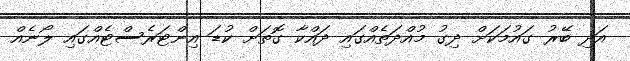
އަދި ބޭރު ގައުމަކަށް ދިގު މުއްދަތެއްގައި ދައްކާ ގޮތަށް ކުޑަ އިންޓަރެސްޓެއްގައި ލޯނެއް